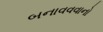
બનાવવવાનો